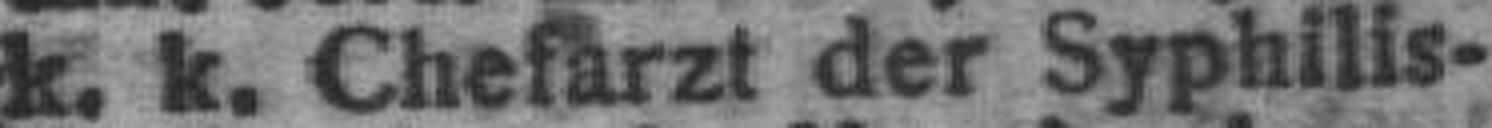
k. k. Chefarzt der Syphilis-